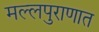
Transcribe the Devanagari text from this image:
मल्लपुराणात